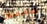
سامسون